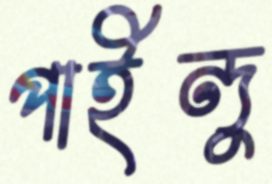
পাইন্দু